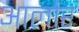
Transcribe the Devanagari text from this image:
आलौर